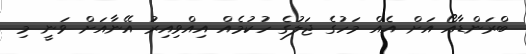
ބްރަންޑާއޯ އަށް އެއް މަހުގެ ޖަލުގެ ހުކުމެއް އިއްވިއިރު އޭނާއަށް ވަނީ މި